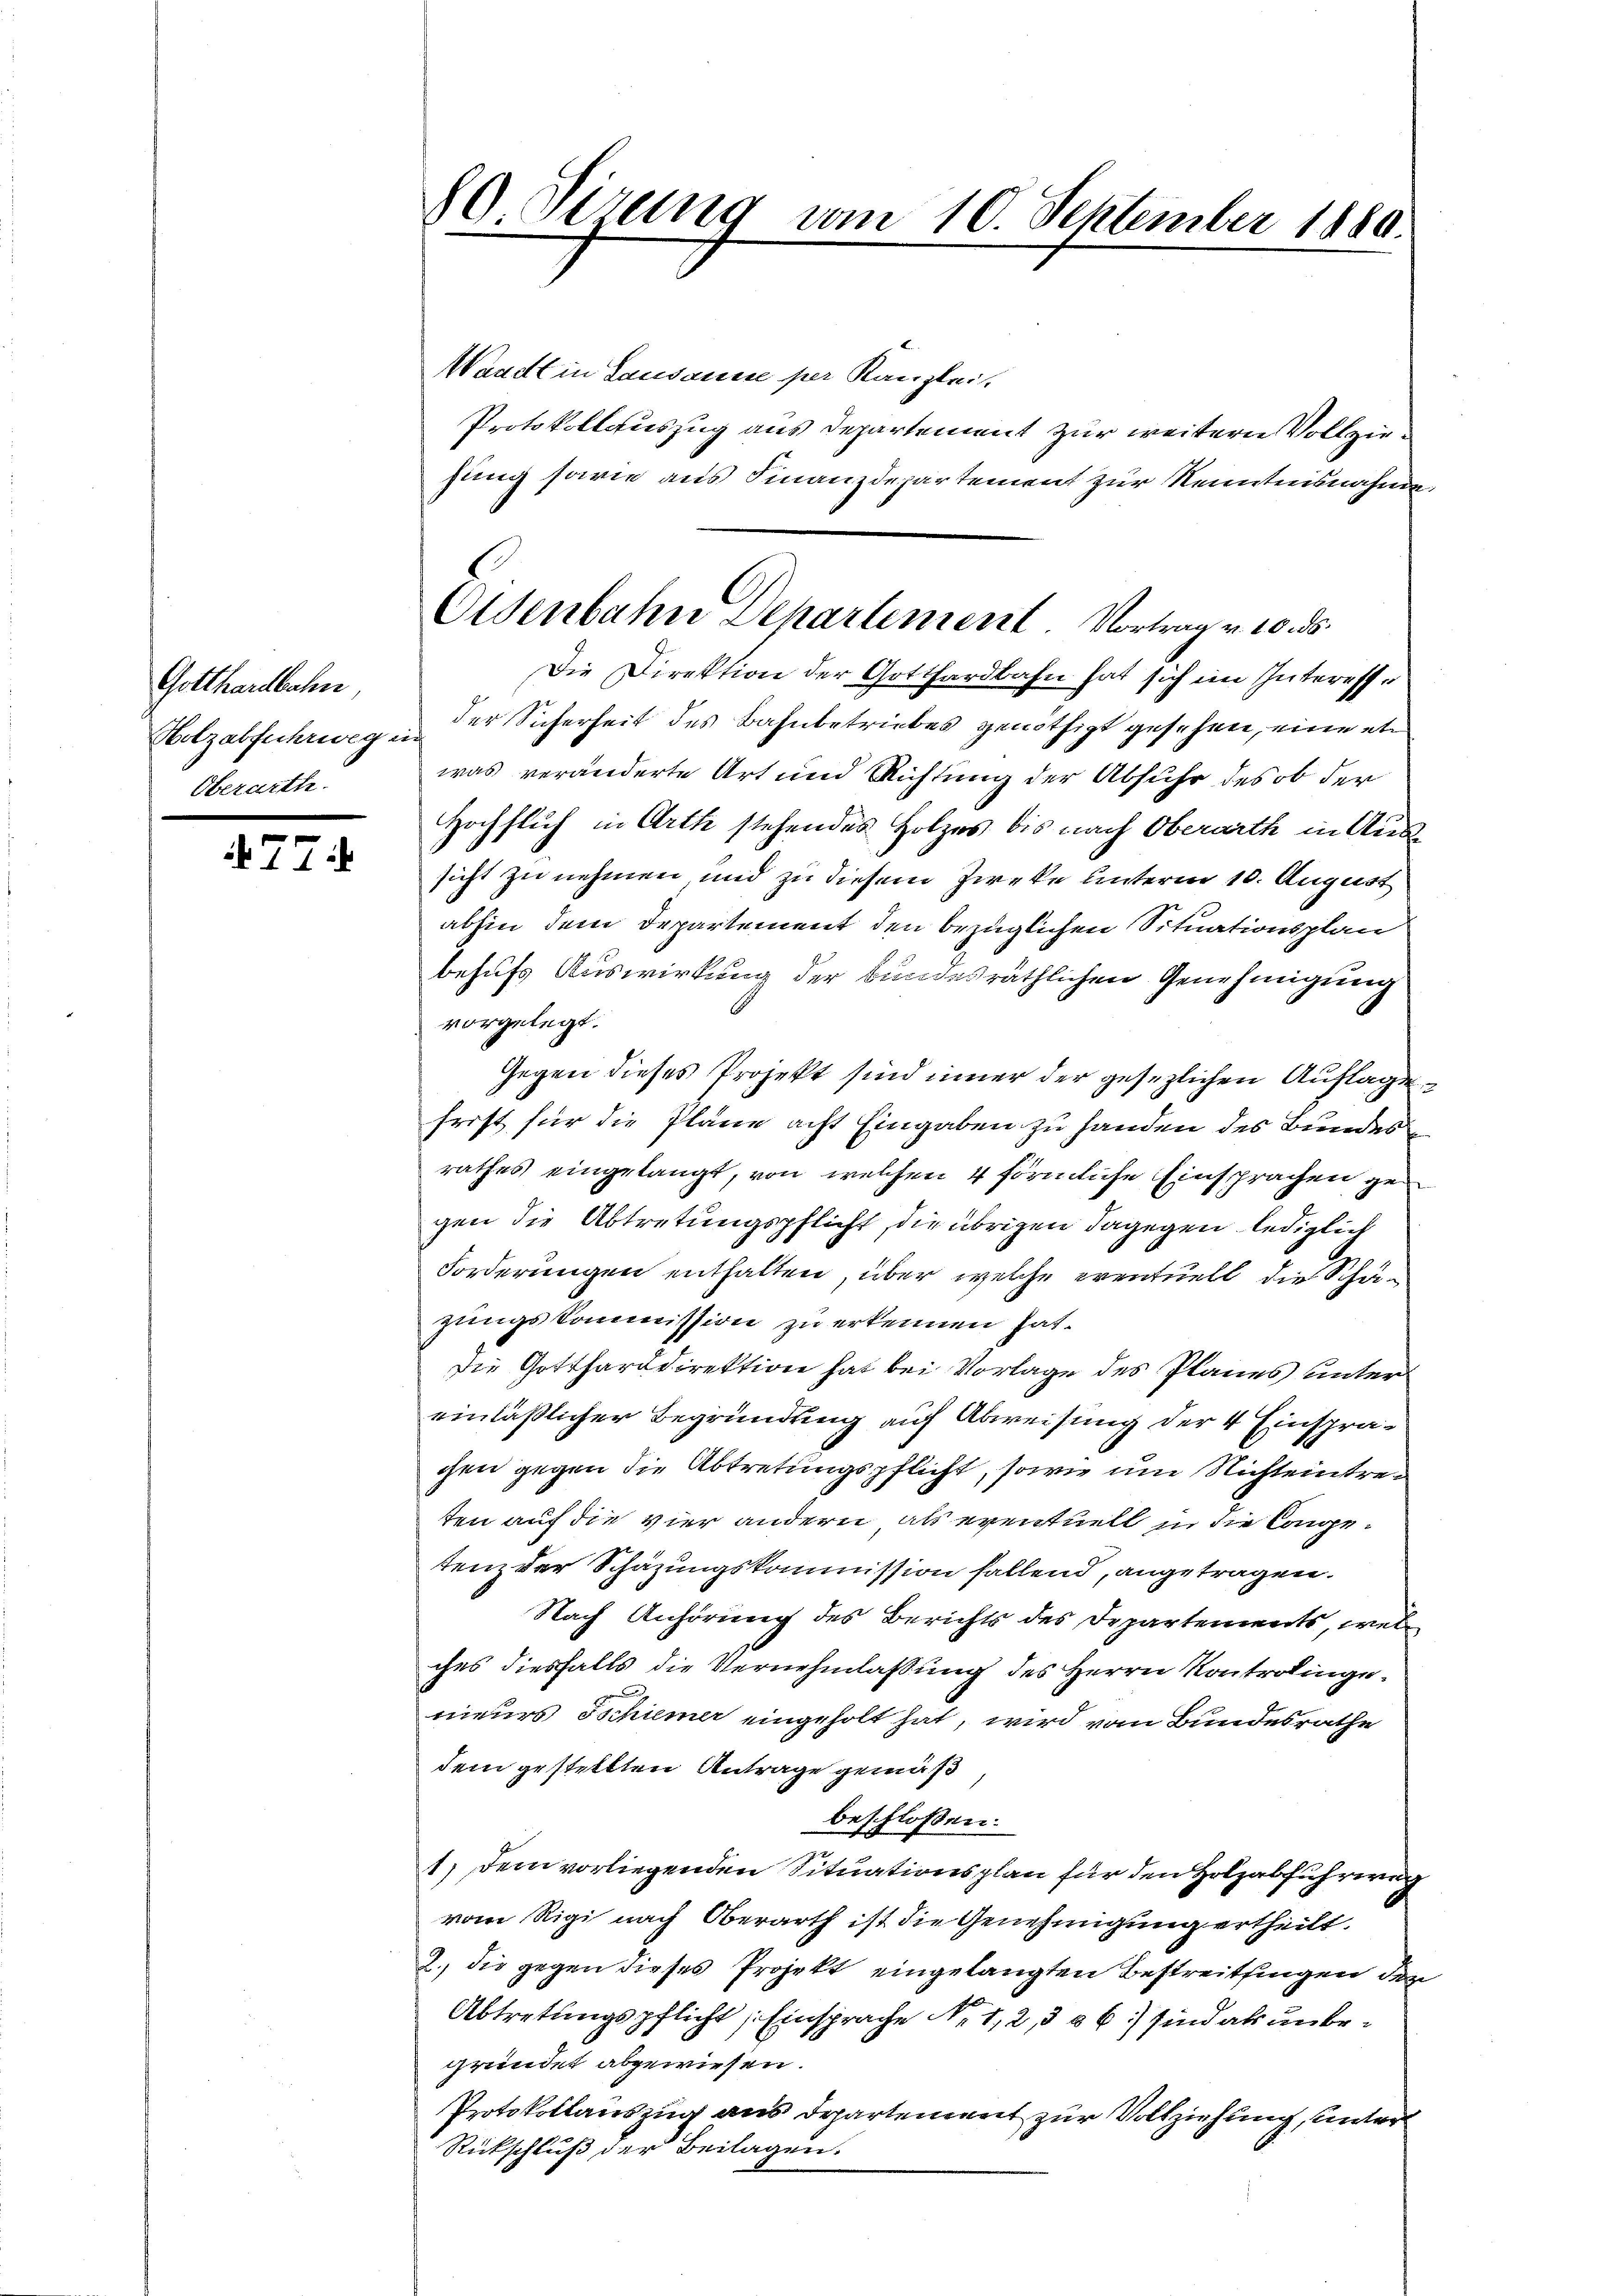
Gotthardbahn
Holzabfuhrweg ein
Oberarthe

477.

80 Sirung vom 10. September 1880.
E

Osenbahn Dehartement. Vortrag v. 10. ds.

Waadt in Lausanne per Kanzlei,
Protokollauszug aus Departement zur weitern Vollziehung sowie aus Finanzdepartement zur Kenntnisnahme.
Die Direktion der Gotthardbahn hat sich im Interesse
der Sicherheit des Bahnbetriebes genöthigt gesehen, eine et
was veränderte Art und Richtung der Abfuhr des ob der
Hochflich in Arth stehendes Holzes bis nach Oberarth in Aussicht zu nehmen, und zu diesem Zwecke unterm 10. August
abhin dem Departement den bezüglichen Situationsplan
behufs Auswirkung der bundesräthlichen Genehmigung
vorgelegt.
Gegen dieses Projekt sind inner der gesezlichen Auflage
frist für die Pläne acht Eingaben zu handen des Bundesrathes eingelangt, von welchen 4 förmliche Einsprachen gegen die Abtretungspflicht, die übrigen dagegen lediglich
Forderungen enthalten, über welche eventuell die Schäzungskommission zu erkennen hat.
Die Gotthardirektion hat bei Vorlage des Planes untereinläßlicher Begründung auf Abweisung der 4 Einsprachen gegen die Abtretungspflicht, sowie im Nichteintreten auf die vier andern als eventuell in die Congetenz der Schazungskommission fallend, angetragen.
Nach Anhörung des Berichts des Departements, welches diesfalls die Vernehmlassung des Herrn Kontrolingenieurs Ischimer eingeholt hat, wird vom Bundesrathe
dem gestellten Antrage gemäß
beschlossen:
1) Dem vorliegenden Situationsplan für den Holzabfuhrweg
vom Rigi nach Oberarth ist die Genehmigung ertheilt.
2., die gegen dieses Projekt eingelangten Bestreitsingen der
Abtretungspflicht Einsprache No. 1, 2, 3 u 6) sind als unbegründet abgewiesen.
Protokollauszug aus Departement zur Vollziehung, unter
Rückschluß der Beilagen.